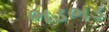
ભડભડ